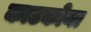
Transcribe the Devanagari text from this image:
काटकोना